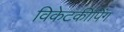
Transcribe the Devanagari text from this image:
विकेटकीपिंग